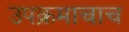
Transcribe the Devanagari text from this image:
उपक्रमाचाच